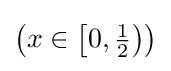
\left(x\in \left[0,{\tfrac {1}{2}}\right)\right)